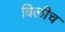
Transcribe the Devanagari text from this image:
विलीच